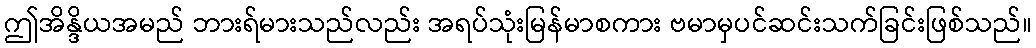
ဤအိန္ဒိယအမည် ဘားရ်မားသည်လည်း အရပ်သုံးမြန်မာစကား ဗမာမှပင်ဆင်းသက်ခြင်းဖြစ်သည်။